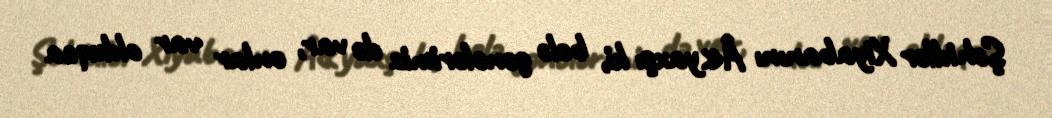
Şəhidlər Xiyabanını Â«yaxşı ki, belə gənclərimiz də var, onlar var olduqca